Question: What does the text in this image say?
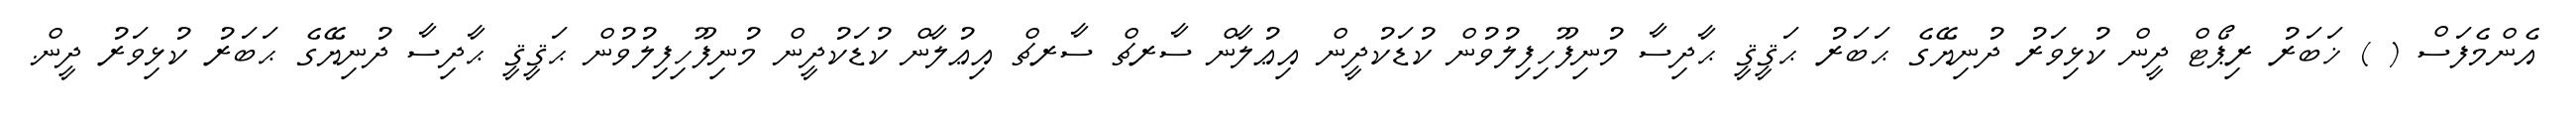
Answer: އެންމެފަސް ( ) ޚަބަރު ރިޕޯޓް ދީން ކުޅިވަރު ދުނިޔޭގެ ޙަބަރު ޙަޤީޤީ ޙާދިސާ މުނިފޫހިފިލުވުން ކުޑަކުދީން އިޢުލާން ސާރޗް ސާރޗް އިޢުލާން ކުޑަކުދީން މުނިފޫހިފިލުވުން ޙަޤީޤީ ޙާދިސާ ދުނިޔޭގެ ޙަބަރު ކުޅިވަރު ދީން.